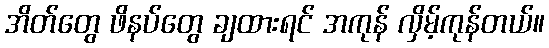
အိတ်တွေ ဖိနပ်တွေ ချထားရင် အကုန် လှိမ့်ကုန်တယ်။